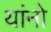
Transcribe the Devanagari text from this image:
यांनो